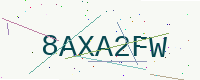
Text: 8AXA2FW